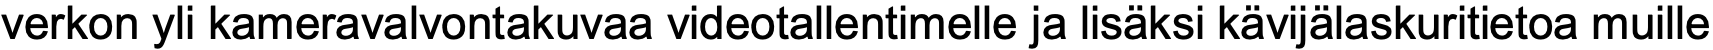
verkon yli kameravalvontakuvaa videotallentimelle ja lisäksi kävijälaskuritietoa muille